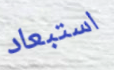
استبعاد